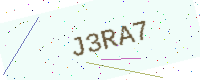
Text: J3RA7